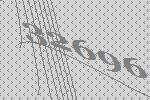
32696